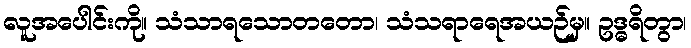
လူအပေါင်းကို။ သံသာရသောတတော၊ သံသရာရေအယဉ်မှ။ ဥဒ္ဓရိတွာ၊